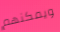
ويمكنهم